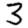
Digit: 3